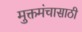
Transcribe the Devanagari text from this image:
मुक्तमंचासाठी